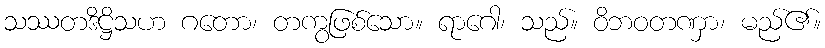
သဿတဒိဋ္ဌိသဟ ဂတော၊ တကွဖြစ်သော။ ရာဂေါ၊ သည်။ ဝိဘဝတဏှာ၊ မည်၏။